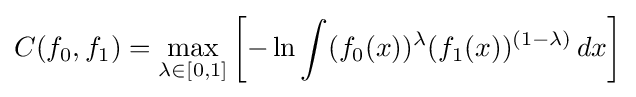
C(f_{0},f_{1})=\max _{\lambda \in [0,1]}\left[-\ln \int (f_{0}(x))^{\lambda }(f_{1}(x))^{(1-\lambda )}\,dx\right]